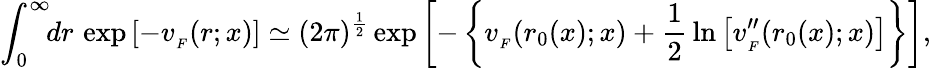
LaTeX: \int_{0}^{\infty}\! \! dr\, \exp\left[-v_{_{F}}(r;x)\right]\simeq(2\pi)^{{\frac{1}{2}}}\exp\left[-\left\{ v_{_{F}}(r_{0}(x);x)+{\frac{1}{2}}\ln\left[v_{_{F}}^{\prime\prime}(r_{0}(x);x)\right]\right\} \right],